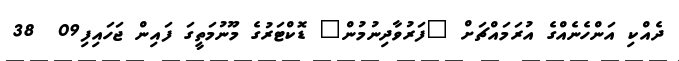
ދެއްކި އަންހެނެއްގެ އުރަމައްޗަށް "ފަރުވާދިނުމުން" ޑޮކްޓަރުގެ މޫނުމަތީގަ ފައިން ޖަހައިފި09  38